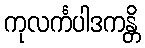
ကုလင်္ကပါဒကန္တိ